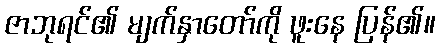
ဇာဘုရင်၏ မျက်နှာတော်ကို ဖူးနေ ပြန်၏။